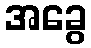
အခွေ